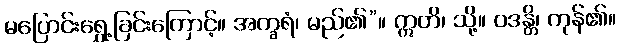
မပြောင်းရွှေ့ခြင်းကြောင့်။ အက္ခရံ၊ မည်၏”။ ဣတိ၊ သို့။ ဝဒန္တိ၊ ကုန်၏။